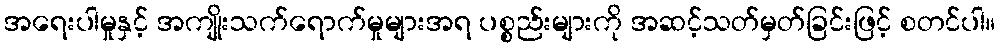
အရေးပါမှုနှင့် အကျိုးသက်ရောက်မှုများအရ ပစ္စည်းများကို အဆင့်သတ်မှတ်ခြင်းဖြင့် စတင်ပါ။